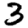
Digit: 3